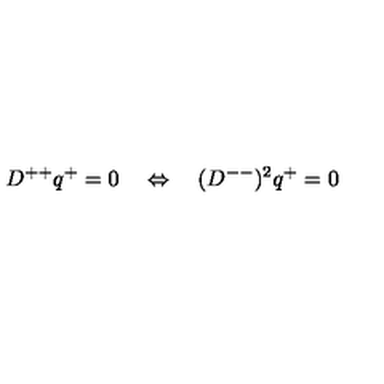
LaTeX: D ^ { + + } q ^ { + } = 0 \quad \Leftrightarrow \quad ( D ^ { -- } ) ^ { 2 } q ^ { + } = 0